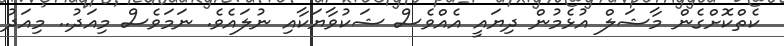
ކެތްކޮށްގެން މާޝަލް އުޅެމުން ދިޔައީ އެއްވެސް ޝަކުވާޔަކާއި ނުލައެވެ. ނަމަވެސް މިއަދު.. މިއަދު